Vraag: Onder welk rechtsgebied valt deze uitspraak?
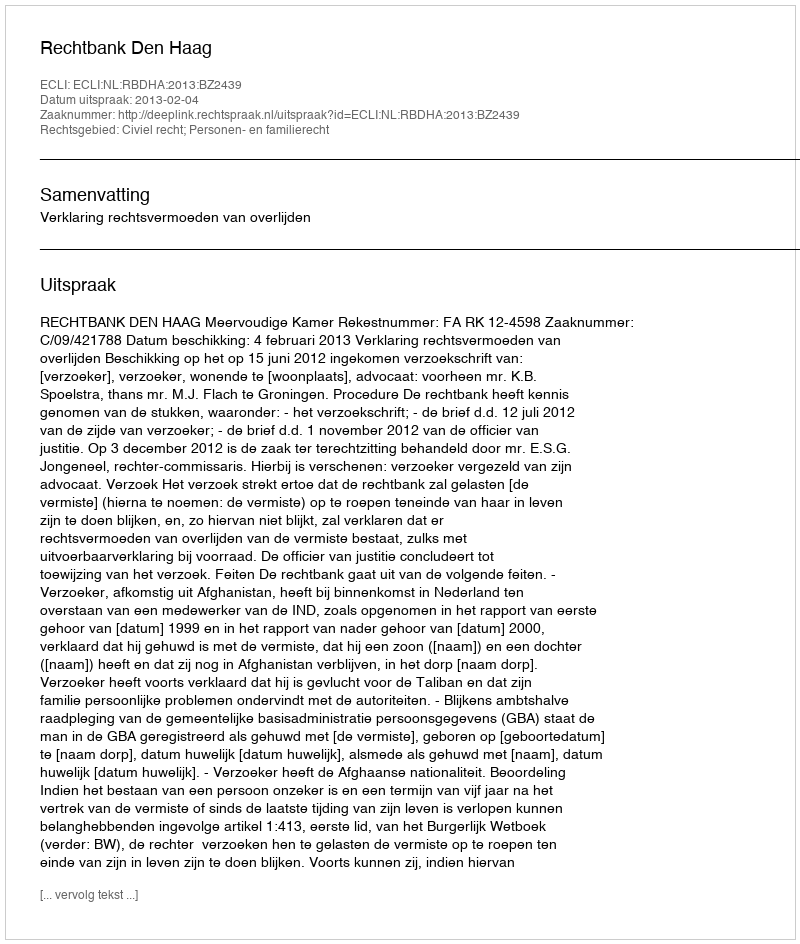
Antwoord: Civiel recht; Personen- en familierecht